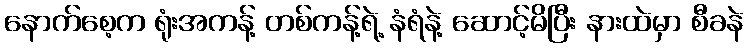
နောက်စေ့က ရုံးအကန့် တစ်ကန့်ရဲ့ နံရံနဲ့ ဆောင့်မိပြီး နားထဲမှာ စီခနဲ